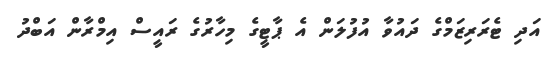
އަދި ޓެރަރިޒަމްގެ ދައުވާ އުފުލަން އެ ޕާޓީގެ މިހާރުގެ ރައީސް އިމްރާން އަބްދު